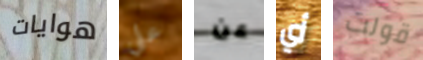
هوايات علي عن أي قولت